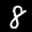
Label: 8